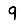
Digit: 9